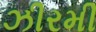
ઝીરમી